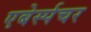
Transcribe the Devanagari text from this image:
एबेर्स्पचर